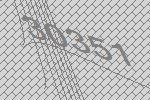
30351